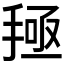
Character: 𰔅